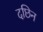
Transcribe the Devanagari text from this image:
दछिन